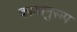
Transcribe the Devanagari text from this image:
कार्यानुरूप